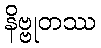
နိဗ္ဗုတဿ